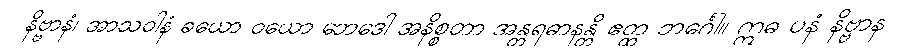
နိဗ္ဗာနံ၊ အာသဝါနံ ခယော ဝယော ဘေဒေါ အနိစ္စတာ အန္တရဓာနန္တိ ဧတ္ထ ဘင်္ဂေါ။ ဣဓ ပနံ နိဗ္ဗာန